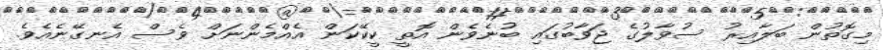
މިގޮތުން ބަލާއިރު ސުވާލުގެ ޖަވާބުގައި ބުނެވެން އޮތީ ކީކޭކަން އެއްމެންނަށް ވެސް އެނގޭނެއެވެ.